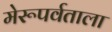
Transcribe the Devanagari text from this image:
मेरूपर्वताला